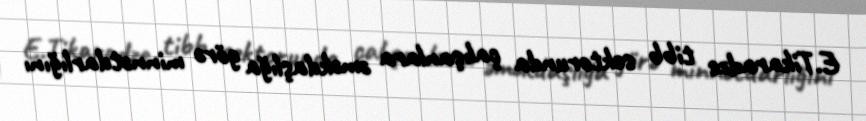
E.Tikaradze tibb sektorunda çalışanlara əməkdaşlığa görə minnətdarlığını